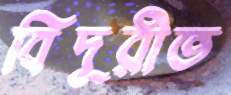
বিদূরীত